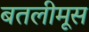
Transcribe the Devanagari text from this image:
बतलीमूस